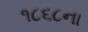
૧૮૬૮ના